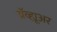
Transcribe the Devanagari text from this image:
ग्रॅव्ह्यूअर